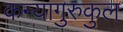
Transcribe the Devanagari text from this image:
कन्यागुरुकुल